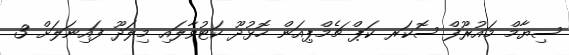
ސިޔާމް މައުރޫފް ސޮކަރ ކަޕް ޗެމްޕިއަން ހޮޅުދޫ ކަޓުވާލައި މިލަދޫ ފައިނަލަށް 3